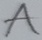
Text: A